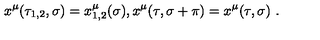
x ^ { \mu } ( \tau _ { 1 , 2 } , \sigma ) = x _ { 1 , 2 } ^ { \mu } ( \sigma ) , x ^ { \mu } ( \tau , \sigma + \pi ) = x ^ { \mu } ( \tau , \sigma ) \ .